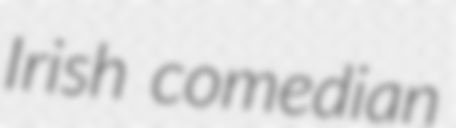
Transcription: Irish comedian